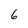
Character: 6